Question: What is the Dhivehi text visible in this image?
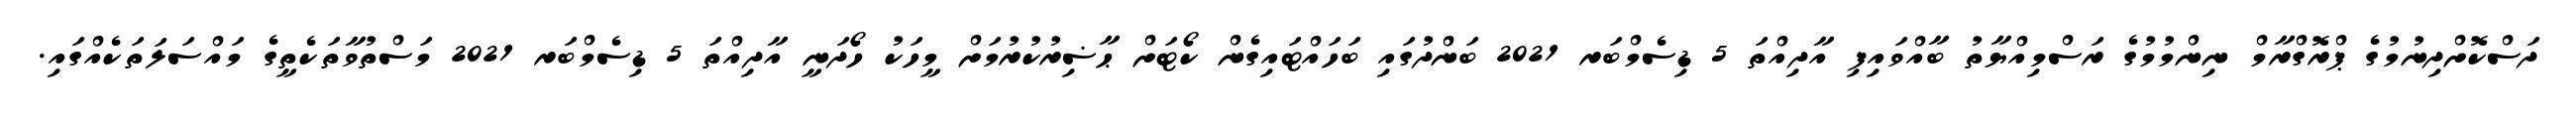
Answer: ދަސްކޮށްދިނުމުގެ ޕްރޮގްރާމް ނިންމުމުގެ ރަސްމިއްޔާތު ބާއްވައިފި އާދިއްތަ 5 ޑިސެމްބަރ 2021 ބަންދުގައި ބަހައްޓައިގެން ކޯޓަށް ޙާޟިރުކުރުމަށް މީހަކު ހޯދަނީ އާދިއްތަ 5 ޑިސެމްބަރ 2021 މަސްތުވާތަކެތީގެ މައްސަލަތަކެއްގައި.